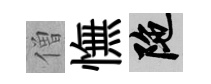
僧憮陀